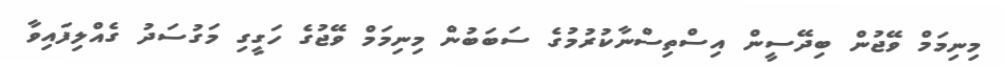
މިނިމަމް ވޭޖުން ބިދޭސީން އިސްތިސްނާކުރުމުގެ ސަބަބުން މިނިމަމް ވޭޖުގެ ހަގީގި މަގުސަދު ގެއްލިފައިވާ